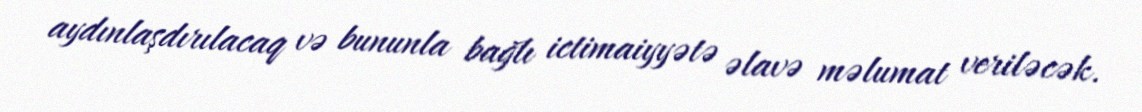
aydınlaşdırılacaq və bununla bağlı ictimaiyyətə əlavə məlumat veriləcək.